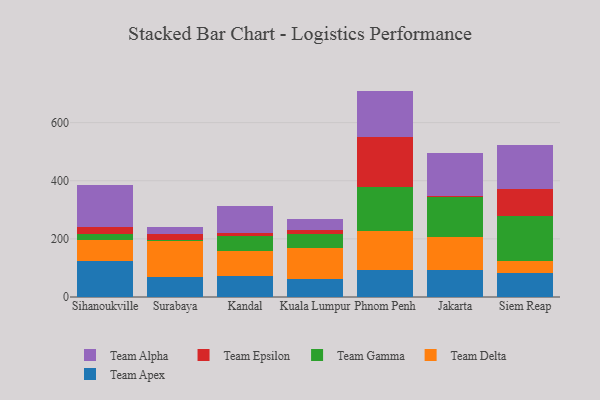
{"axis": {"x": "City", "y": "Budget (USD K)"}, "legend": ["Team Alpha", "Team Apex", "Team Delta", "Team Epsilon", "Team Gamma"], "data": [{"x": "Sihanoukville", "y": 122.8, "type": "Team Apex"}, {"x": "Sihanoukville", "y": 74.1, "type": "Team Delta"}, {"x": "Sihanoukville", "y": 18.6, "type": "Team Gamma"}, {"x": "Sihanoukville", "y": 24.6, "type": "Team Epsilon"}, {"x": "Sihanoukville", "y": 144.8, "type": "Team Alpha"}, {"x": "Surabaya", "y": 67.5, "type": "Team Apex"}, {"x": "Surabaya", "y": 124.1, "type": "Team Delta"}, {"x": "Surabaya", "y": 5.9, "type": "Team Gamma"}, {"x": "Surabaya", "y": 20.4, "type": "Team Epsilon"}, {"x": "Surabaya", "y": 24.5, "type": "Team Alpha"}, {"x": "Kandal", "y": 71.1, "type": "Team Apex"}, {"x": "Kandal", "y": 87.4, "type": "Team Delta"}, {"x": "Kandal", "y": 52.4, "type": "Team Gamma"}, {"x": "Kandal", "y": 9.7, "type": "Team Epsilon"}, {"x": "Kandal", "y": 93.6, "type": "Team Alpha"}, {"x": "Kuala Lumpur", "y": 61.9, "type": "Team Apex"}, {"x": "Kuala Lumpur", "y": 106.0, "type": "Team Delta"}, {"x": "Kuala Lumpur", "y": 49.8, "type": "Team Gamma"}, {"x": "Kuala Lumpur", "y": 13.9, "type": "Team Epsilon"}, {"x": "Kuala Lumpur", "y": 36.3, "type": "Team Alpha"}, {"x": "Phnom Penh", "y": 93.9, "type": "Team Apex"}, {"x": "Phnom Penh", "y": 134.4, "type": "Team Delta"}, {"x": "Phnom Penh", "y": 151.8, "type": "Team Gamma"}, {"x": "Phnom Penh", "y": 171.9, "type": "Team Epsilon"}, {"x": "Phnom Penh", "y": 157.4, "type": "Team Alpha"}, {"x": "Jakarta", "y": 94.1, "type": "Team Apex"}, {"x": "Jakarta", "y": 113.1, "type": "Team Delta"}, {"x": "Jakarta", "y": 135.4, "type": "Team Gamma"}, {"x": "Jakarta", "y": 5.8, "type": "Team Epsilon"}, {"x": "Jakarta", "y": 145.9, "type": "Team Alpha"}, {"x": "Siem Reap", "y": 82.8, "type": "Team Apex"}, {"x": "Siem Reap", "y": 39.9, "type": "Team Delta"}, {"x": "Siem Reap", "y": 154.5, "type": "Team Gamma"}, {"x": "Siem Reap", "y": 94.9, "type": "Team Epsilon"}, {"x": "Siem Reap", "y": 149.6, "type": "Team Alpha"}]}